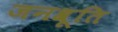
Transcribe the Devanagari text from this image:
जनश्रूति